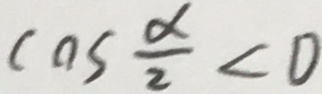
\cos \frac { \alpha } { 2 } < 0